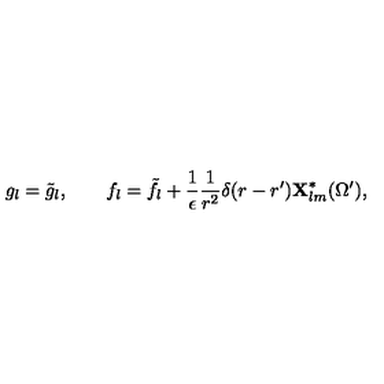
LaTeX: g _ { l } = \tilde { g } _ { l } , \qquad f _ { l } = \tilde { f } _ { l } + { \frac { 1 } { \epsilon } } { \frac { 1 } { r ^ { 2 } } } \delta ( r - r ^ { \prime } ) { \bf X } _ { l m } ^ { * } ( \Omega ^ { \prime } ) ,